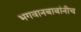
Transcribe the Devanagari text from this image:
भगवानबाबांनीच